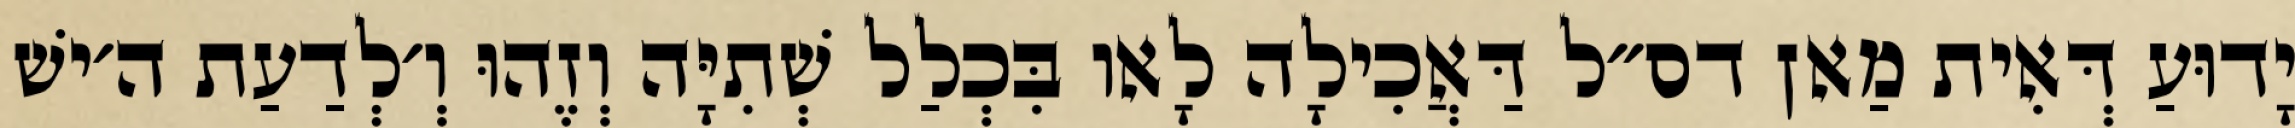
יָדוּעַ דְּאִית מַאן דס״ל דַּאֲכִילָה לָאו בִּכְלַל שְׁתִיָּה וְזֶהוּ וְ׳לְדַעַת ה׳ישׁ